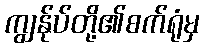
ကျွန်ုပ်တို့၏စက်ရုံမှ